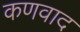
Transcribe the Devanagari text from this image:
कणवाद